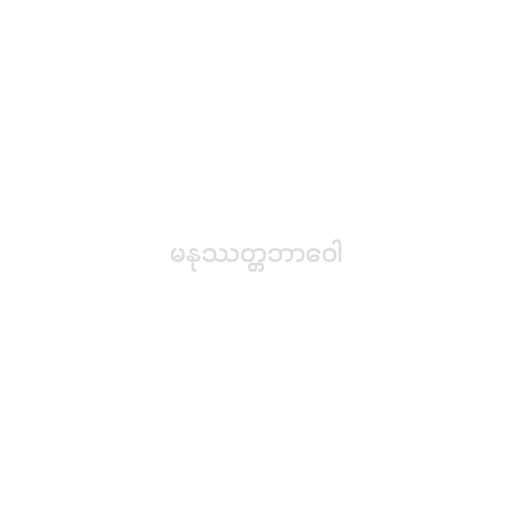
မနုဿတ္တဘာဝေါ